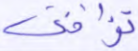
تؤاخذني